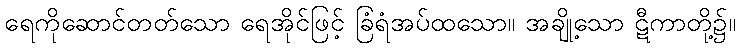
ရေကိုဆောင်တတ်သော ရေအိုင်ဖြင့် ခြံရံအပ်ထသော။ အချို့သော ဋီကာတို့၌။